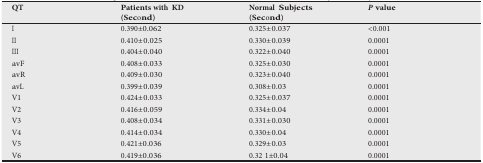
<table><thead><tr><td><b>QT</b></td><td><b>Patients with KD (Second)</b></td><td><b>Normal Subjects(Second)</b></td><td><b><i>P value</i></b></td></tr></thead><tbody><tr><td>I</td><td>0.390±0.062</td><td>0.325±0.037</td><td>&lt;0.001</td></tr><tr><td>II</td><td>0.410±0.025</td><td>0.330±0.039</td><td>0.0001</td></tr><tr><td>III</td><td>0.404±0.040</td><td>0.322±0.040</td><td>0.0001</td></tr><tr><td>avF</td><td>0.408±0.033</td><td>0.325±0.030</td><td>0.0001</td></tr><tr><td>avR</td><td>0.409±0.030</td><td>0.323±0.040</td><td>0.0001</td></tr><tr><td>avL</td><td>0.399±0.039</td><td>0.308±0.03</td><td>0.0001</td></tr><tr><td>V1</td><td>0.424±0.033</td><td>0.325±0.037</td><td>0.0001</td></tr><tr><td>V2</td><td>0.416±0.059</td><td>0.334±0.04</td><td>0.0001</td></tr><tr><td>V3</td><td>0.408±0.034</td><td>0.331±0.030</td><td>0.0001</td></tr><tr><td>V4</td><td>0.414±0.034</td><td>0.330±0.04</td><td>0.0001</td></tr><tr><td>V5</td><td>0.421±0.036</td><td>0.329±0.03</td><td>0.0001</td></tr><tr><td>V6</td><td>0.419±0.036</td><td>0.32 1±0.04</td><td>0.0001</td></tr></tbody></table>